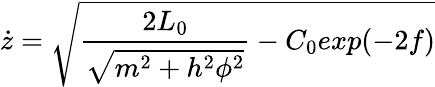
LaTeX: \dot{z}=\sqrt{\frac{2L_{0}}{\sqrt{m^{2}+h^{2}\phi^{2}}}-C_{0}exp(-2f)}